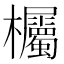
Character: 欘